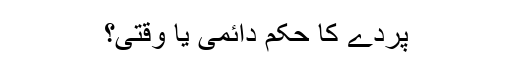
پردے کا حکم دائمی یا وقتی؟